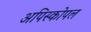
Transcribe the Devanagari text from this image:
अपिस्कोपल